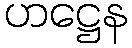
ဟဋ္ဌေန